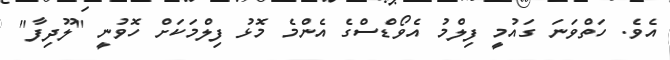
އެވެ. ހަތްވަނަ ގައުމީ ފިލްމު އެވޯޑްސްގެ އެންމެ މޮޅު ފިލްމަކަށް ހޮވުނީ "ލޫދިފާ"